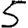
Digit: 5